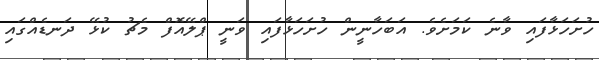
ހުށަހަޅާފައި ވާނެ ކަމަށެވެ. އަބަހާނީން ހުށަހަޅާފައި ވަނީ ޕްލޭއޮފް މެޗު ކުޅޭ ދަނޑެއްގައި